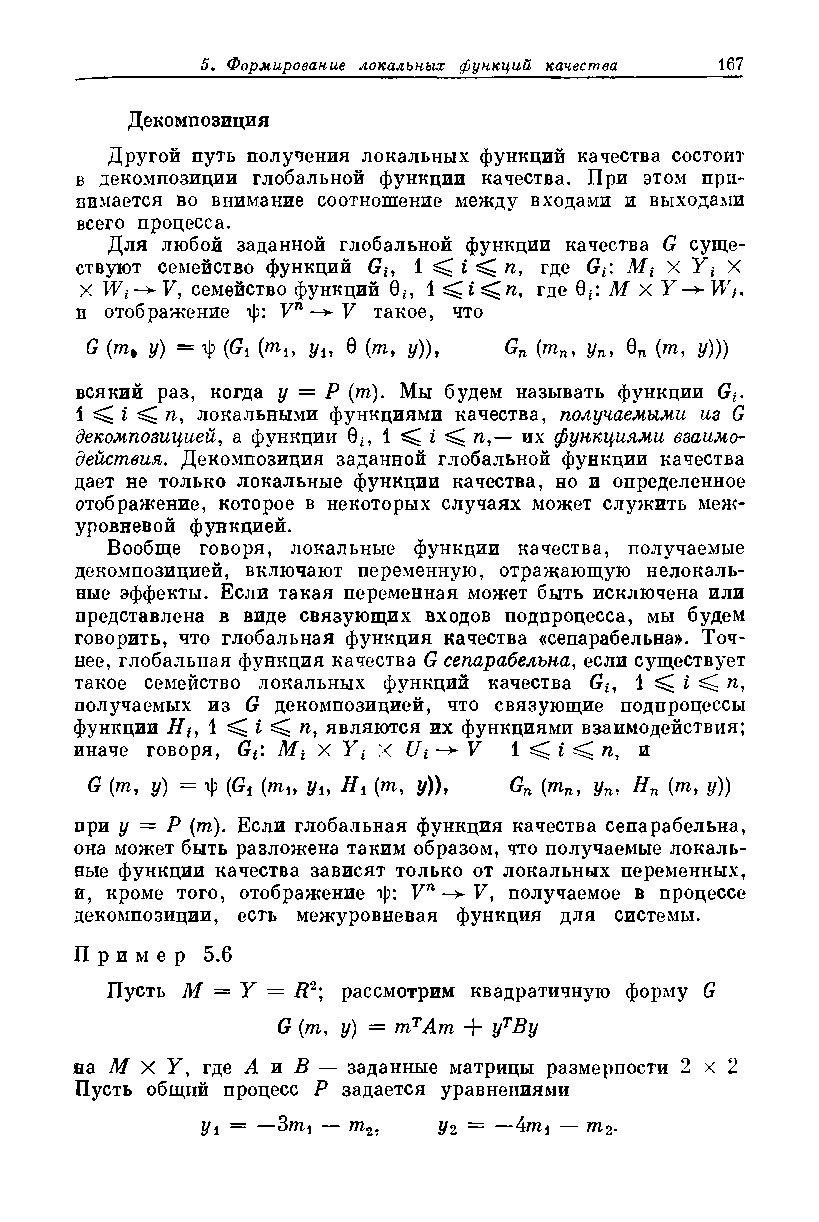
Декомпозиция
 Другой путь получения локальных функций качества состоит
 в декомпозиции глобальной функции качества. При этом при­
 нимается во внимание соотношение между входами и выходами
 всего процесса.
 Для любой заданной глобальной функции качества G суще­
 ствуют семейство функций Gf, 1 ^ i 4^ п, где Gt: Mt X Y t X
 X Wt —>• V, семейство функций 0*, 1 ^ i ^ п, где 0*: М хУ-> Wf4
 и отображение ф: Vй — F такое, что
 ^ (w, J/) = “ф (Gd («Ч, J/j, 0 (то, z/)), Gn (то„, уп, 0П (то, у)))
 всякий раз, когда у = Р (т). Мы будем называть функции G,,
 i ^ г ^ п, локальными функциями качества, получаемыми из G
 декомпозицией, а функции 0Ь 1 ^ i ^ п,— их функциями взаимо­
 действия. Декомпозиция заданной глобальной функции качества
 дает не только локальные функции качества, но и определенное
 отображение, которое в некоторых случаях может служить меж­
 уровневой функцией.
 Вообще говоря, локальные функции качества, получаемые
 декомпозицией, включают переменную, отражающую нелокаль­
 ные эффекты. Если такая переменная может быть исключена или
 представлена в виде связующих входов подпроцесса, мы будем
 говорить, что глобальная функция качества «сепарабельна». Точ­
 нее, глобальная функция качества G сепарабельна, если существует
 такое семейство локальных функций качества Gt, 1 ^ i ^ п,
 получаемых из G декомпозицией, что связующие подпроцессы
 функции  1 ^ i ^ п, являются их функциями взаимодействия;
 иначе говоря, Gf. Mt X Y t X U i V 1 ^ i ^ n, и
 G (m, y) = i|) (Gt (mu Уи y)), Gn (mn, yn, Hn (to, y))
 при у = P (m). Если глобальная функция качества сепарабельна,
 она может быть разложена таким образом, что получаемые локаль­
 ные функции качества зависят только от локальных переменных,
 и, кроме того, отображение ф: Vn — V, получаемое в процессе
 декомпозиции, есть межуровневая функция для системы.
 Пр име р 5.6
 Пусть М = Y = В2; рассмотрим квадратичную форму G
 G (т, у) = тТАт + уТВу
 на М X Y , где А и В — заданные матрицы размерности 2 x 2
 Пусть общий процесс Р задается уравнениями
 У\ = —3mi — m2. у 2 = — — m2.